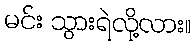
မင်း သွားရဲလို့လား။